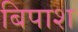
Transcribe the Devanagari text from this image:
बिपाश